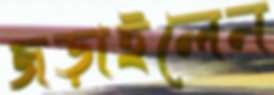
জড়াইলেন